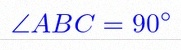
\angle ABC=90^\circ